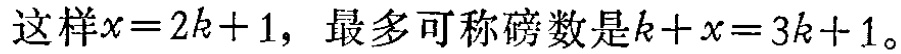
这样\(x = 2k + 1\)，最多可称磅数是\(k + x = 3k + 1\)。